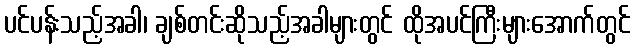
ပင်ပန်းသည့်အခါ၊ ချစ်တင်းဆိုသည့်အခါများတွင် ထိုအပင်ကြီးများအောက်တွင်